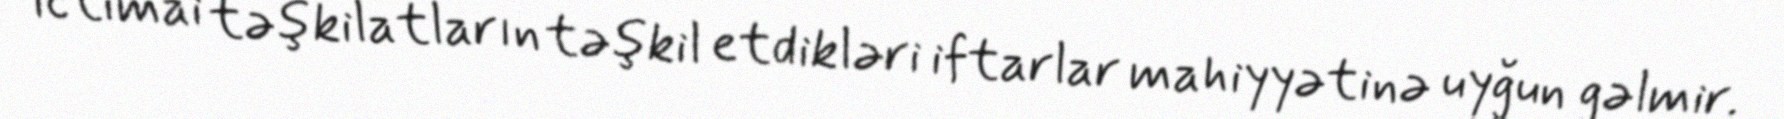
ictimai təşkilatların təşkil etdikləri iftarlar mahiyyətinə uyğun gəlmir.